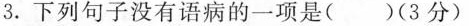
3.下列句子没有语病的一项是( )(3分)